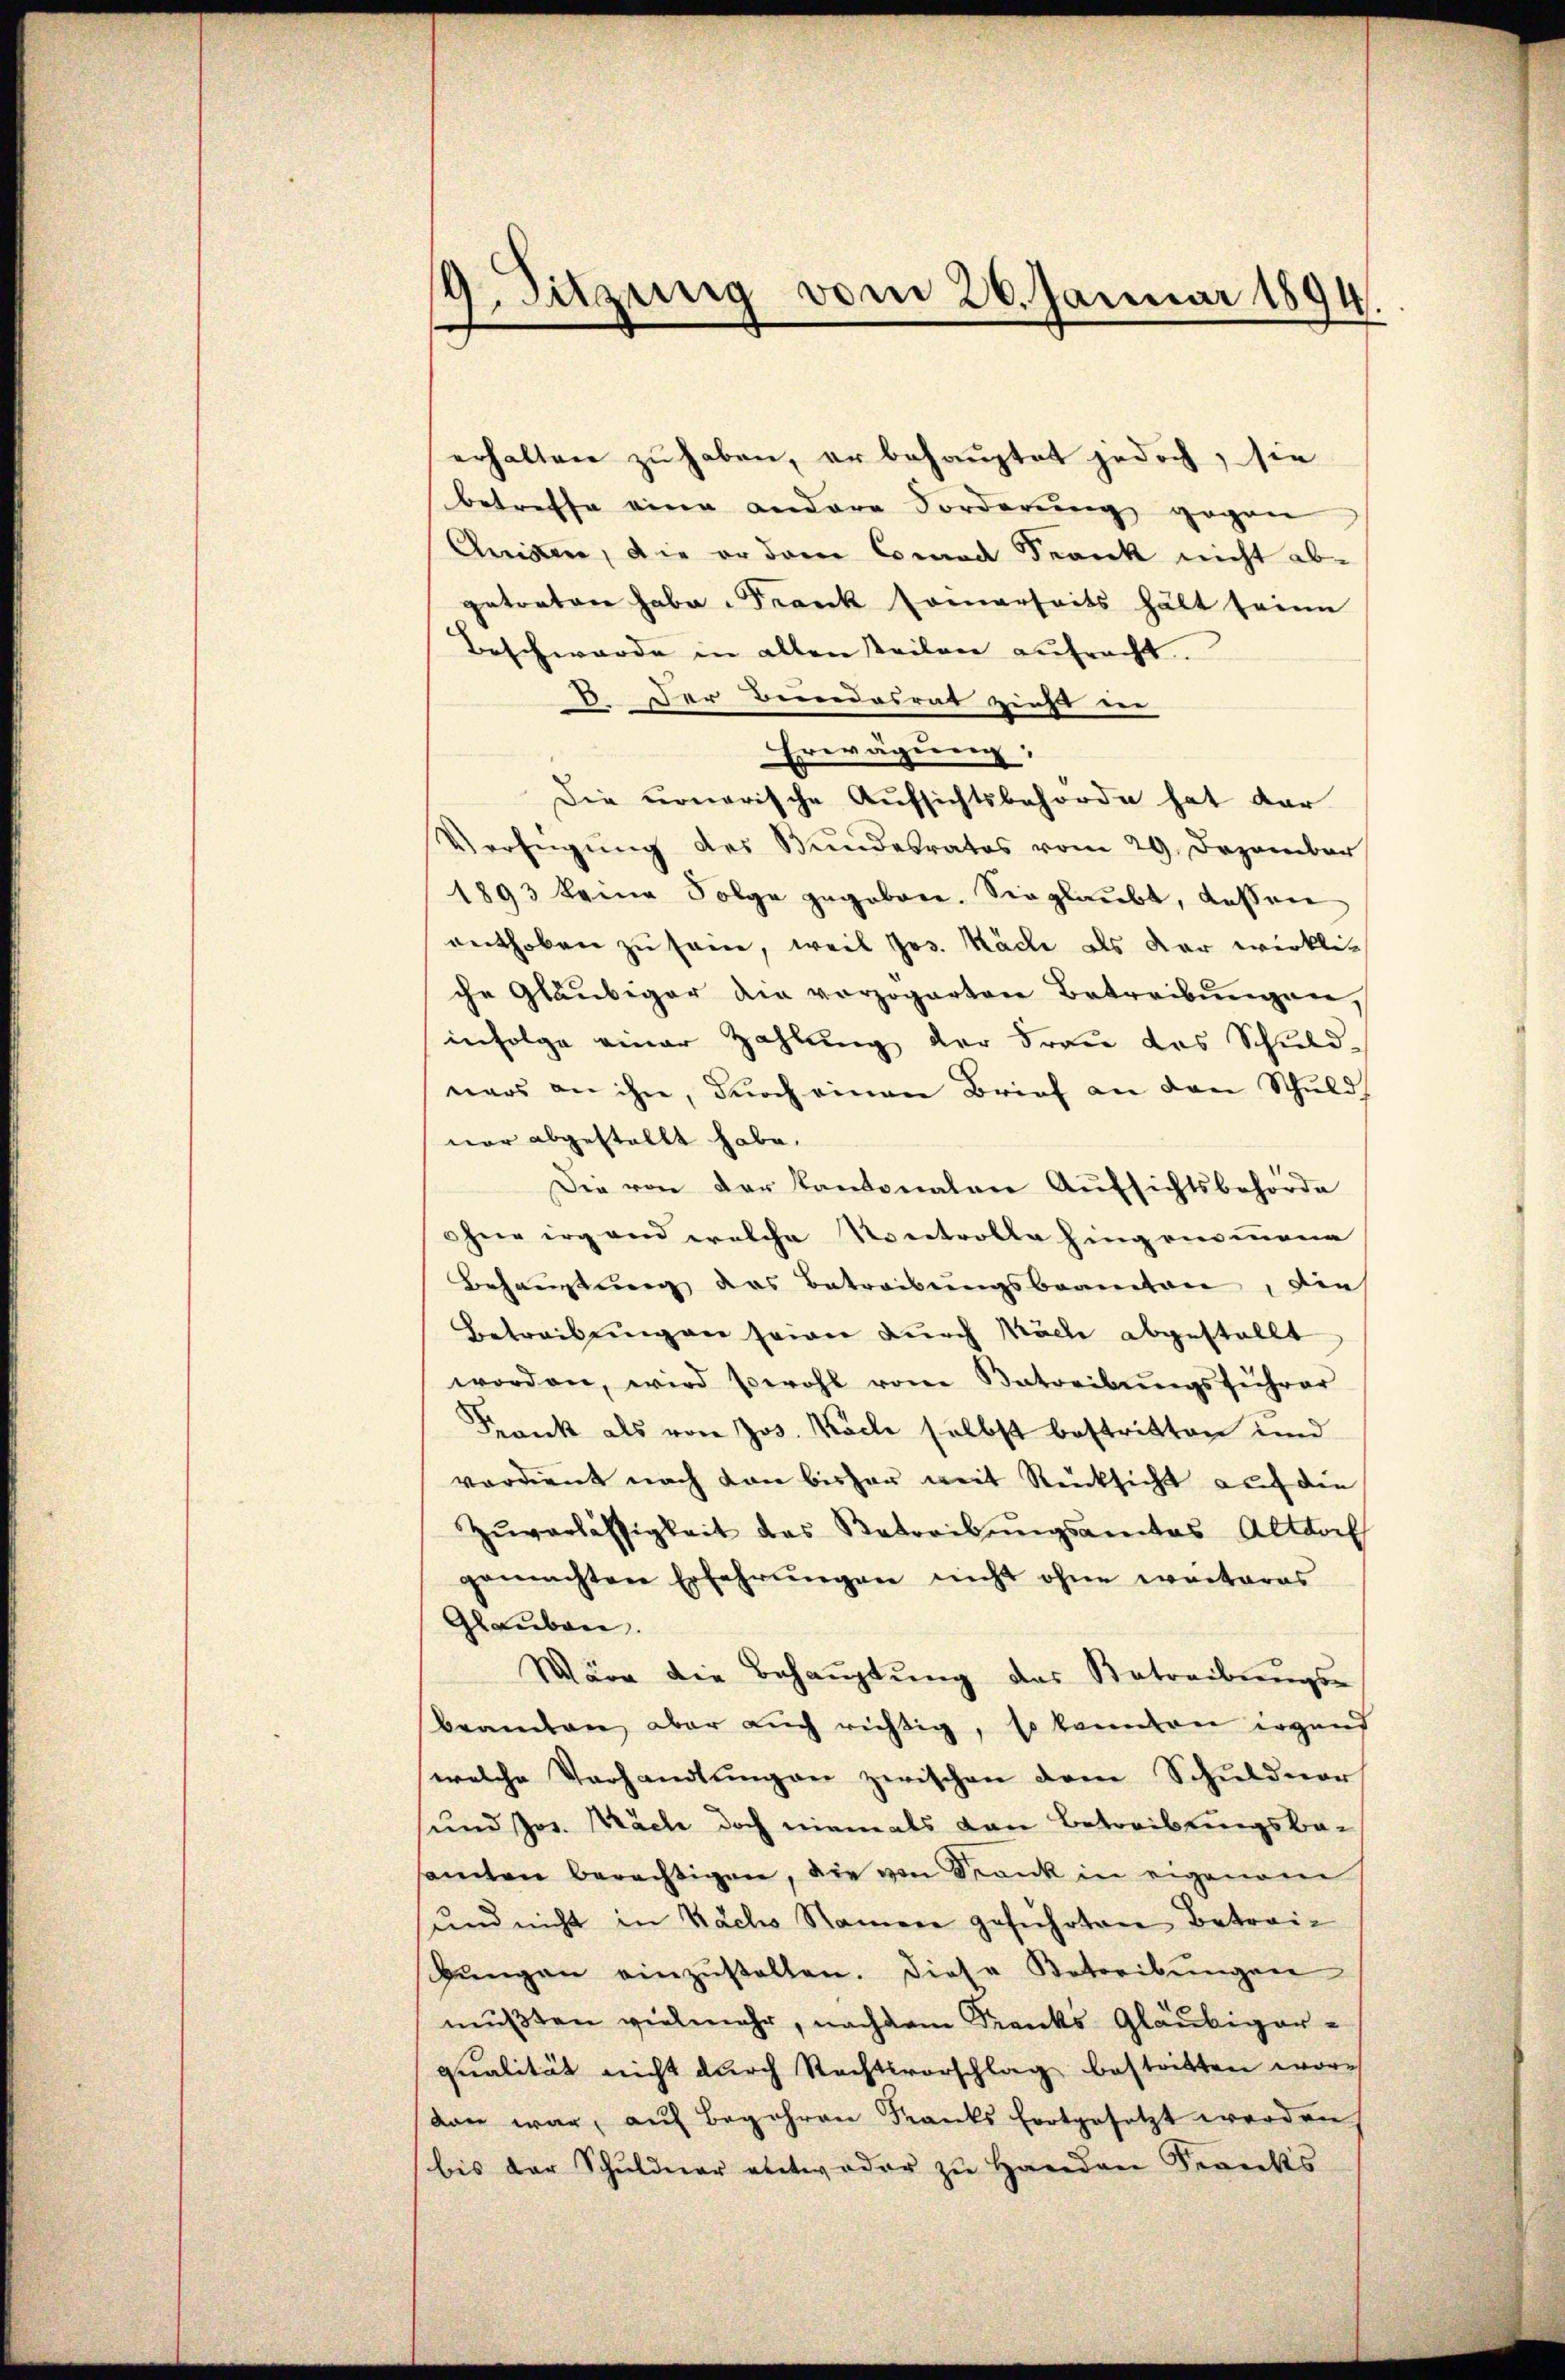
erhalten zu haben, er behauptet jedoch, sie
betreffe eine andere Forderung gegen
Cuise, die er dem Conrad Krank nicht abgetrator habe - Frank seinerseits hält seine
Beschwerde in alten Teilen zufracht.
V. Der Bundesrat zieht ein
Erwägung;
Die nonerische Aufsichtsbehörde hat dar
Verfügŭng des Bundesrates vom 29. Dezember
1893 keine Folge gegeben. Sie glaŭbt, dassen
enthoben zu sein, weil Jos. Säcke als dar wirkli
che Gläubiger die vorzogarten Betreibŭngen,
infolge einer Zahlung der Frau das Schuld-
nars an ihn, durch einen Brief an den Schuld
nar abgestellt habe.
Die von der Kantonalen Aŭfsichtsbehörde
ohne irgend welche Kontrolle hing ein mena
Behauptung das Betreibungsbeamten, die
Betreibungen seien durch Mölle abgestellt
worden, wird sowohl vom Betreibŭngsführer
Frank als von Jos. Koche selbst bestritten und
verdient nach von bisher weit Rücksicht auf die
Zŭverlässigkeit des Betreibŭngsamtes Altdorf
gemachten Erfahrŭngen nicht ohne weiteres
Glauben.
Wäre die Behauptung des Betreibungs-
beamten aber auch richtig, so konnten irgend
welche Vorhandlŭngen zwischen dem Schuldner
und Jos. Nach doch niemals von Betreibungsbeamten berechtigen, die von Krank in eigenem
und nicht in Nachs Namen geführten Betreisŭngen einzŭstellen. Diese Betreibŭngen
mußten vielmehr, nachdem Kranks Gläubigerqualität nicht durch Rechtsvorschlag bestritten wordan war, aŭf Begehren Kranks fortgesetzt werden
bis der Schŭldner entweder zŭ Handen Swecks

19. Sitzung vom 26. Januar 1894.